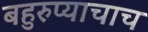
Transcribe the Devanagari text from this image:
बहुरुप्याचाच